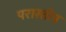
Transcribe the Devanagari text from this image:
परास्तोत्र